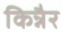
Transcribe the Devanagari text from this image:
किन्नैर